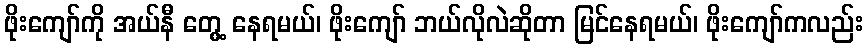
ဖိုးကျော်ကို အယ်နီ တွေ့ နေရမယ်၊ ဖိုးကျော် ဘယ်လိုလဲဆိုတာ မြင်နေရမယ်၊ ဖိုးကျော်ကလည်း